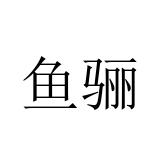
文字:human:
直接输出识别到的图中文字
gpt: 鱼骊